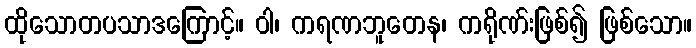
ထိုသောတပသာဒကြောင့်။ ဝါ၊ ကရဏဘူတေန၊ ကရိုဏ်းဖြစ်၍ ဖြစ်သော။